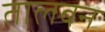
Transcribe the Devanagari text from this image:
तालबन